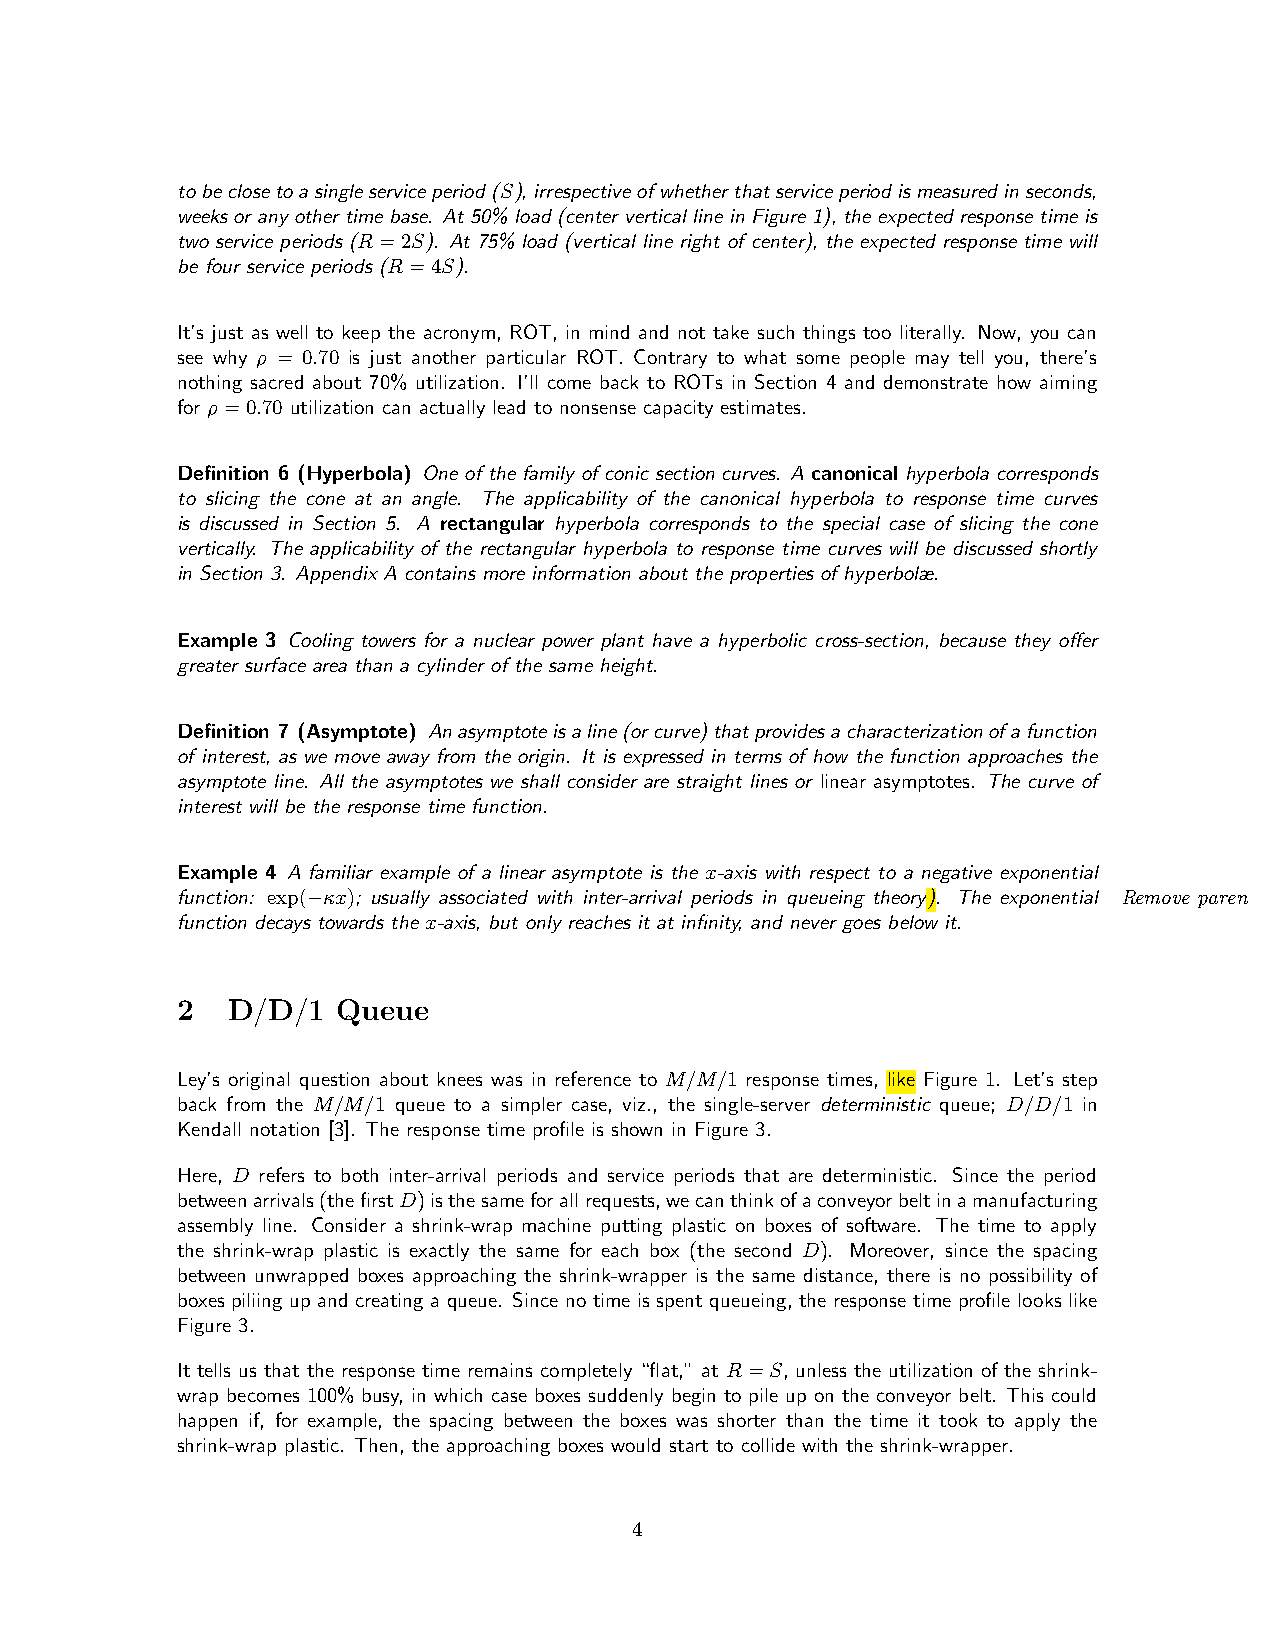
tobeclosetoasingleserviceperiod(S),irrespectiveofwhetherthatserviceperiodismeasuredinseconds,
 weeks or any other time base. At 50% load (center vertical line in Figure 1), the expected response time is
 two service periods (R=2S). At 75% load (vertical line right of center), the expected response time will
 be four service periods (R=4S).
 It’s just as well to keep the acronym, ROT, in mind and not take such things too literally. Now, you can
 see why ρ = 0.70 is just another particular ROT. Contrary to what some people may tell you, there’s
 nothing sacred about 70% utilization. I’ll come back to ROTs in Section 4 and demonstrate how aiming
 for ρ=0.70 utilization can actually lead to nonsense capacity estimates.
 Definition 6 (Hyperbola) One of the family of conic section curves. A canonical hyperbola corresponds
 to slicing the cone at an angle. The applicability of the canonical hyperbola to response time curves
 is discussed in Section 5. A rectangular hyperbola corresponds to the special case of slicing the cone
 vertically. The applicability of the rectangular hyperbola to response time curves will be discussed shortly
 in Section 3. Appendix A contains more information about the properties of hyperbolæ.
 Example 3 Cooling towers for a nuclear power plant have a hyperbolic cross-section, because they offer
 greater surface area than a cylinder of the same height.
 Definition 7 (Asymptote) Anasymptoteisaline(orcurve)thatprovidesacharacterizationofafunction
 of interest, as we move away from the origin. It is expressed in terms of how the function approaches the
 asymptote line. All the asymptotes we shall consider are straight lines or linear asymptotes. The curve of
 interest will be the response time function.
 Example 4 A familiar example of a linear asymptote is the x-axis with respect to a negative exponential
 function: exp(−κx); usually associated with inter-arrival periods in queueing theory). The exponential Remove paren
 function decays towards the x-axis, but only reaches it at infinity, and never goes below it.
 2  D/D/1  Queue
 Ley’s original question about knees was in reference to M/M/1 response times, like Figure 1. Let’s step
 back from the M/M/1 queue to a simpler case, viz., the single-server deterministic queue; D/D/1 in
 Kendall notation [3]. The response time profile is shown in Figure 3.
 Here, D refers to both inter-arrival periods and service periods that are deterministic. Since the period
 betweenarrivals(thefirstD)isthesameforallrequests,wecanthinkofaconveyorbeltinamanufacturing
 assembly line. Consider a shrink-wrap machine putting plastic on boxes of software. The time to apply
 the shrink-wrap plastic is exactly the same for each box (the second D). Moreover, since the spacing
 between unwrapped boxes approaching the shrink-wrapper is the same distance, there is no possibility of
 boxes piliing up and creating a queue. Since no time is spent queueing, the response time profile looks like
 Figure 3.
 It tells us that the response time remains completely “flat,” at R=S, unless the utilization of the shrink-
 wrap becomes 100% busy, in which case boxes suddenly begin to pile up on the conveyor belt. This could
 happen if, for example, the spacing between the boxes was shorter than the time it took to apply the
 shrink-wrap plastic. Then, the approaching boxes would start to collide with the shrink-wrapper.
 4